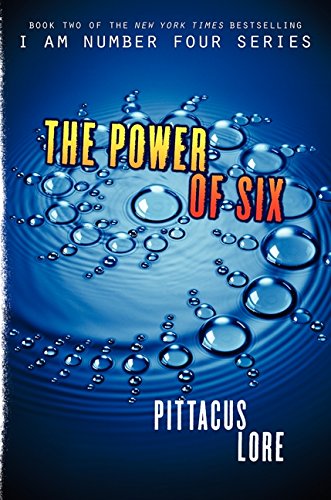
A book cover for The Power of Six (Lorien Legacies, Book 2); Pittacus Lore; Teen & Young Adult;